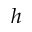
h